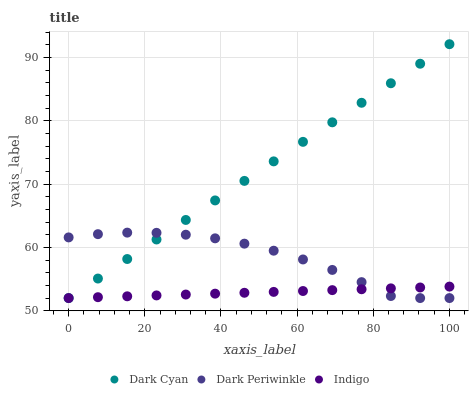
| xaxis_label | Dark Cyan | Dark Periwinkle | Indigo |
 | --- | --- | --- | --- |
 | 0 | 52 | 61.6 | 52 |
 | 7.69 | 55.1 | 62.1 | 52.1 |
 | 15.4 | 58.2 | 62.3 | 52.3 |
 | 23.1 | 61.2 | 62.3 | 52.4 |
 | 30.8 | 64.3 | 62 | 52.6 |
 | 38.5 | 67.4 | 61.4 | 52.7 |
 | 46.2 | 70.5 | 60.6 | 52.8 |
 | 53.8 | 73.6 | 59.5 | 53 |
 | 61.5 | 76.7 | 58.1 | 53.1 |
 | 69.2 | 79.7 | 56.4 | 53.3 |
 | 76.9 | 82.8 | 54.5 | 53.4 |
 | 84.6 | 85.9 | 52.3 | 53.5 |
 | 92.3 | 89 | 52 | 53.7 |
 | 100 | 92.1 | 52 | 53.8 |